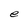
Character: e